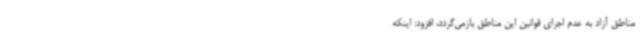
مناطق آزاد به عدم اجرای قوانین این مناطق بازمی‌گردد، افزود: اینکه